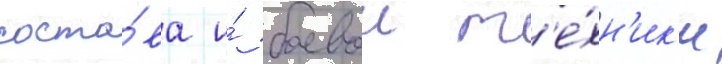
соста́ва и́ боевои т'е́хн'ик'и